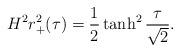
LaTeX: \begin{align*}H^2r^2_+(\tau)=\frac{1}{2}\tanh^2\frac{\tau}{\sqrt{2}}.\end{align*}